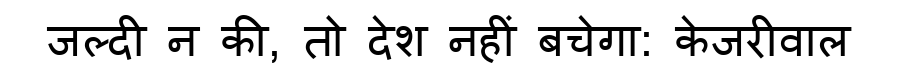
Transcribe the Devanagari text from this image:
जल्दी न की, तो देश नहीं बचेगा: केजरीवाल